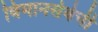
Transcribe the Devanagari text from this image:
विमानसेवेची